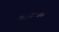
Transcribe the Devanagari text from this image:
खाजवत